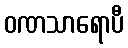
ဝဏသာရောပီ